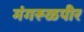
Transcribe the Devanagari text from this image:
मंगरूळपीर